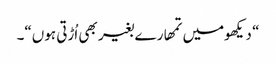
“ دیکھومیں تمھارے بغیر بھی اُڑتی ہوں“۔